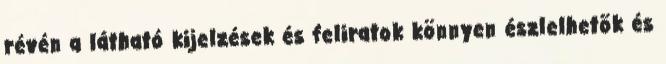
révén a látható kijelzések és feliratok könnyen észlelhetõk és